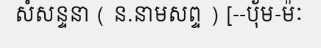
សំសន្ទនា ( ន.នាមសព្ទ ) [--ប៉័ម-ម៉ៈ